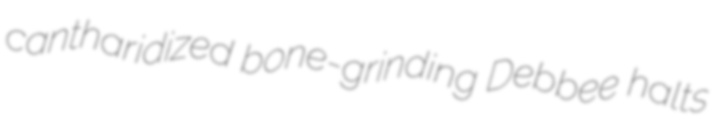
cantharidized bone-grinding Debbee halts